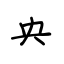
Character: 央